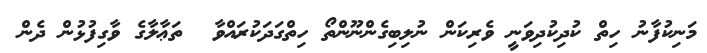
މަނިކުފާނު ހިތް ކުދިކުދިވަނީ ވެރިކަން ނުލިބިގެންނޫންތޯ ހިތްގަދަކުރައްވާ  ތަޢާލާގެ ވާގިފުޅުން ދެން